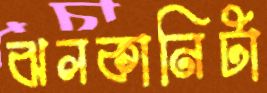
ঝলকানিটা